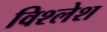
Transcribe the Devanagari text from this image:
विश्लेश